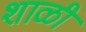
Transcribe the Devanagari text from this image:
शाळी